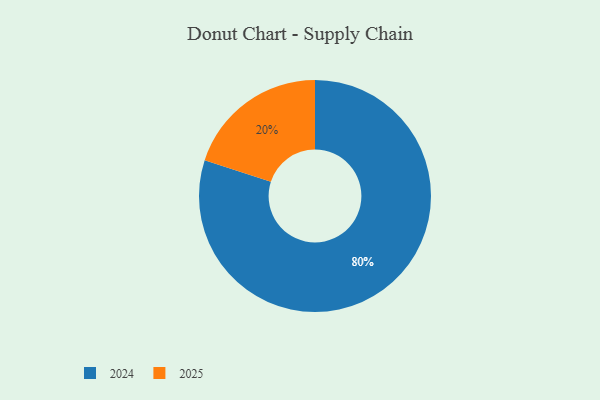
{"axis": {"x": "Category", "y": "Percentage"}, "legend": ["2024", "2025"], "data": [{"x": "2024", "y": 80, "type": "2024"}, {"x": "2025", "y": 20, "type": "2025"}]}